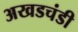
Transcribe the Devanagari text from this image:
अखडचंडी